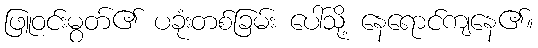
ဖြူဝင်းမွတ်၏ ပခုံးတစ်ခြမ်း ပေါ်သို့ နေရောင်ကျနေ၏။